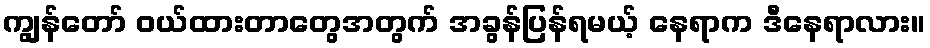
ကျွန်တော် ဝယ်ထားတာတွေအတွက် အခွန်ပြန်ရမယ့် နေရာက ဒီနေရာလား။